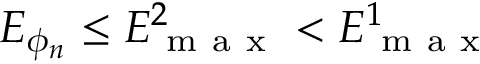
E _ { \phi _ { n } } \leq E _ { \mathrm { ~ m ~ a ~ x ~ } } ^ { 2 } < E _ { \mathrm { ~ m ~ a ~ x ~ } } ^ { 1 }